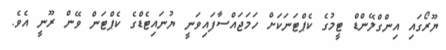
ޔޫރޯގައި އިންގްލޭންޑް ޓީމުގެ ކެޕްޓަނަކަށް ހަމަޖައްސާފައިވަނީ ޔުނައިޓެޑްގެ ކެޕްޓަން ވޭން ރޫނީ އެވެ.